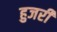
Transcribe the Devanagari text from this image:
हुजरी